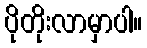
ပိုတိုးလာမှာပါ။